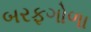
બરફગોળા